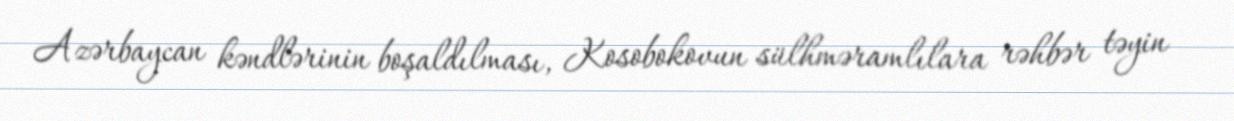
Azərbaycan kəndlərinin boşaldılması, Kosobokovun sülhməramlılara rəhbər təyin